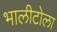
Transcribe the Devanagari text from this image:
भालीटोला